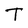
Character: T